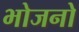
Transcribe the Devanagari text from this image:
भोजनो